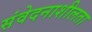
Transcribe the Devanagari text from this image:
संवेदनाशीलता